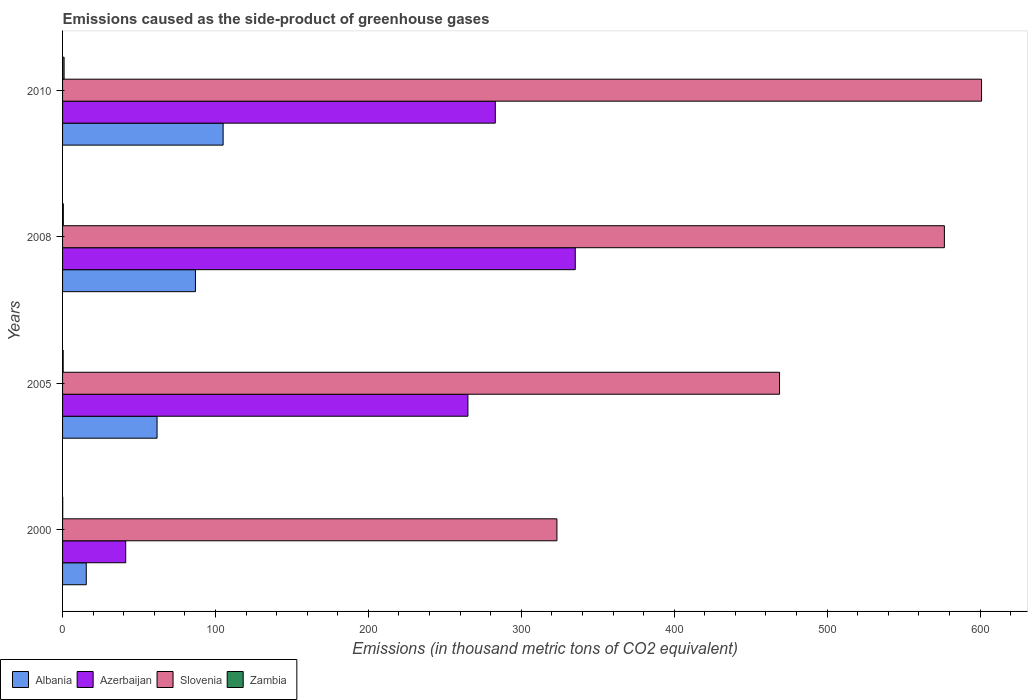
| Years | Albania | Azerbaijan | Slovenia | Zambia |
 | --- | --- | --- | --- | --- |
 | 2000 | 15.5 | 41.3 | 323 | 0.1 |
 | 2005 | 61.8 | 265 | 469 | 0.4 |
 | 2008 | 86.9 | 335 | 577 | 0.5 |
 | 2010 | 105 | 283 | 601 | 1 |